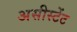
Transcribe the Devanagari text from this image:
असीस्टेंट